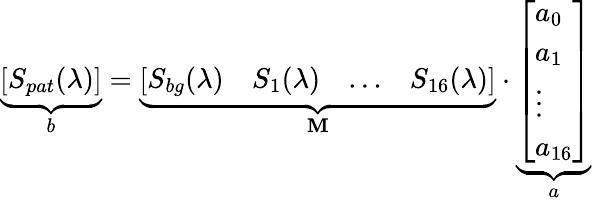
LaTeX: \underbrace{\left[\begin{array}{l}{S_{pat}(\lambda)}\end{array}\right]}_{b}=\underbrace{\left[\begin{array}{llll}{S_{bg}(\lambda)}&{S_{1}(\lambda)}&{\ldots}&{S_{16}(\lambda)}\end{array}\right]}_{\textbf{M}}\cdot\underbrace{\left[\begin{array}{l}{a_{0}}\\ {a_{1}}\\ {\vdots}\\ {a_{16}}\end{array}\right]}_{a}